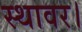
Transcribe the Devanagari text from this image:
स्थावर।